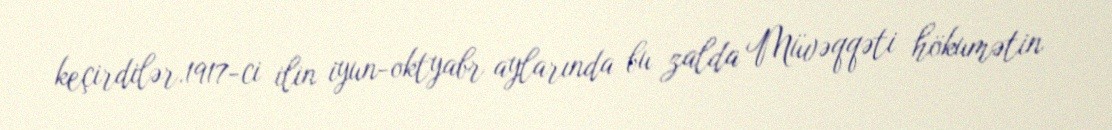
keçirdilər.1917-ci ilin iyun-oktyabr aylarında bu zalda Müvəqqəti hökumətin